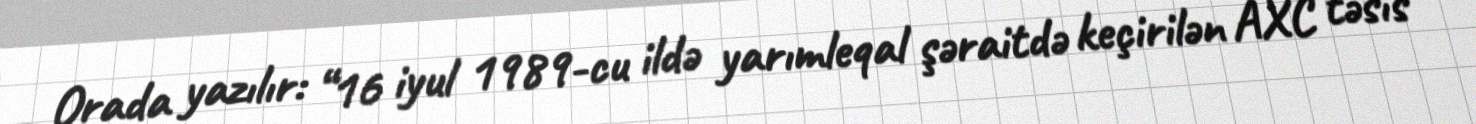
Orada yazılır: “16 iyul 1989-cu ildə yarımleqal şəraitdə keçirilən AXC təsis